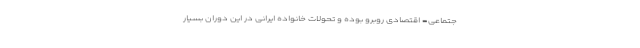
جتماعی- اقتصادی روبرو بوده و تحولات خانواده ایرانی در این دوران بسیار